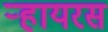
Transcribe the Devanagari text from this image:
ऱ्हायरस